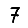
Digit: 7